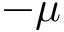
- \mu